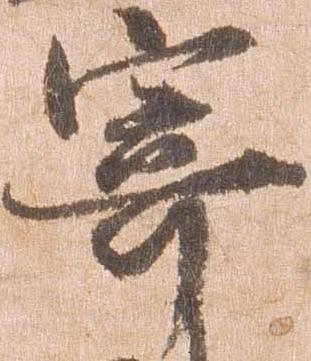
寄